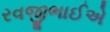
રવજીભાઈએ